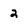
Character: 2